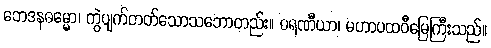
ဘေဒနဓမ္မော၊ ကွဲပျက်တတ်သောသဘောတည်း။ ဓရဏီယာ၊ မဟာပထဝီမြေကြီးသည်။